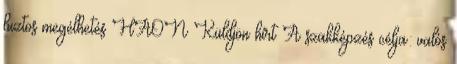
biztos megélhetés HAON Küldjön hírt A szakképzés célja: valós